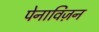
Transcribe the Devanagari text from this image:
पेनाविज़न